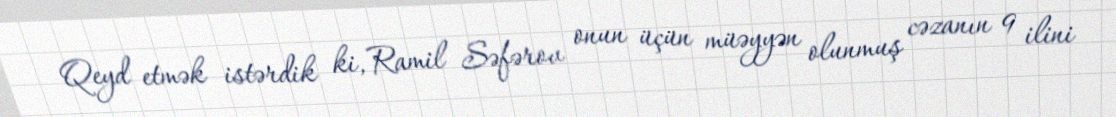
Qeyd etmək istərdik ki, Ramil Səfərov onun üçün müəyyən olunmuş cəzanın 9 ilini